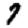
Digit: 7